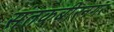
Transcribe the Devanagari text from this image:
संतकबीरनगर